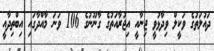
ދައުލަތުގެ ވަކީލް ވިދާޅުވީ ޖިނާއީ އިޖުރާއަތުގެ ގާނޫނުގެ 106 ވަނަ މާއްދާގައި އިބްތިދާއީ